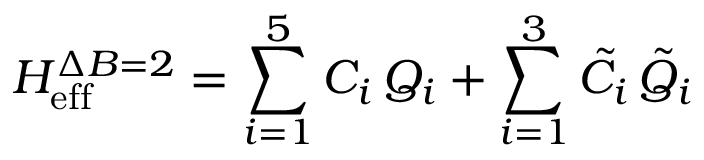
{ \cal H } _ { \mathrm { e f f } } ^ { \Delta B = 2 } = \sum _ { i = 1 } ^ { 5 } C _ { i } \, Q _ { i } + \sum _ { i = 1 } ^ { 3 } \tilde { C } _ { i } \, \tilde { Q } _ { i }